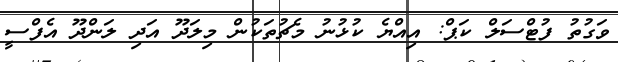
ވަގުތު ފުޓްސަލް ކަޕް: އިއްޔެ ކުޅުނު މެޗުތަކުން މިލަދޫ އަދި ލަންދޫ އެފްސީ